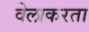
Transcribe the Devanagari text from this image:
वेलाकरता